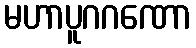
မဟာပူဂဂဏော